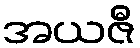
အယဇီ